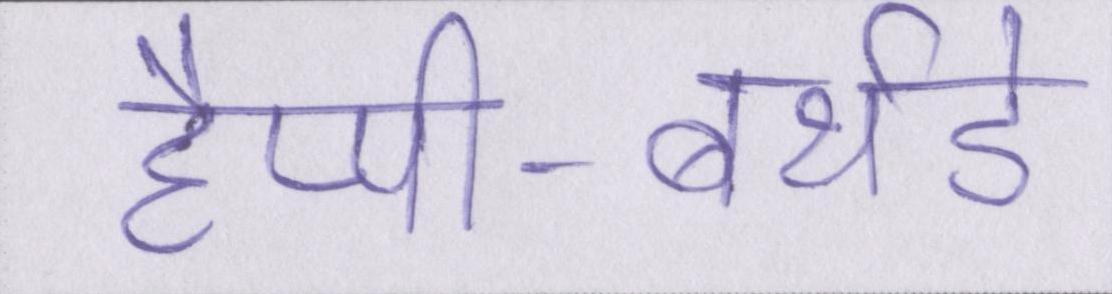
हैप्पी-बर्थडे